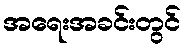
အရေးအခင်းတွင်